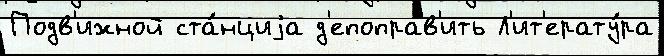
Подв'ижной ста́нциjа д'епоправ'ить Л'ит'ерату́ра